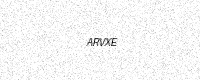
Text: ARVXE